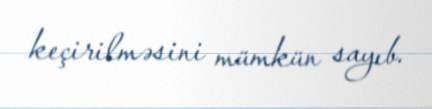
keçirilməsini mümkün sayıb.